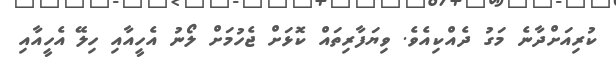
ކުރިއަށްދާނެ މަގު ދެއްކިއެެވެ. ވިޔަފާރިތައް ކޮޅަށް ޖެހުމަށް ލޯނު އެހީއާއި ހިލޭ އެހީއާއި